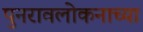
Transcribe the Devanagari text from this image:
पुनरावलोकनाच्या